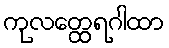
ကုလတ္ထေရဂါထာ